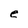
Character: e